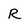
Character: R